Civil Veterinary Dept. Bombay admin report 1932-41 - 1932-1941
Year: 1932
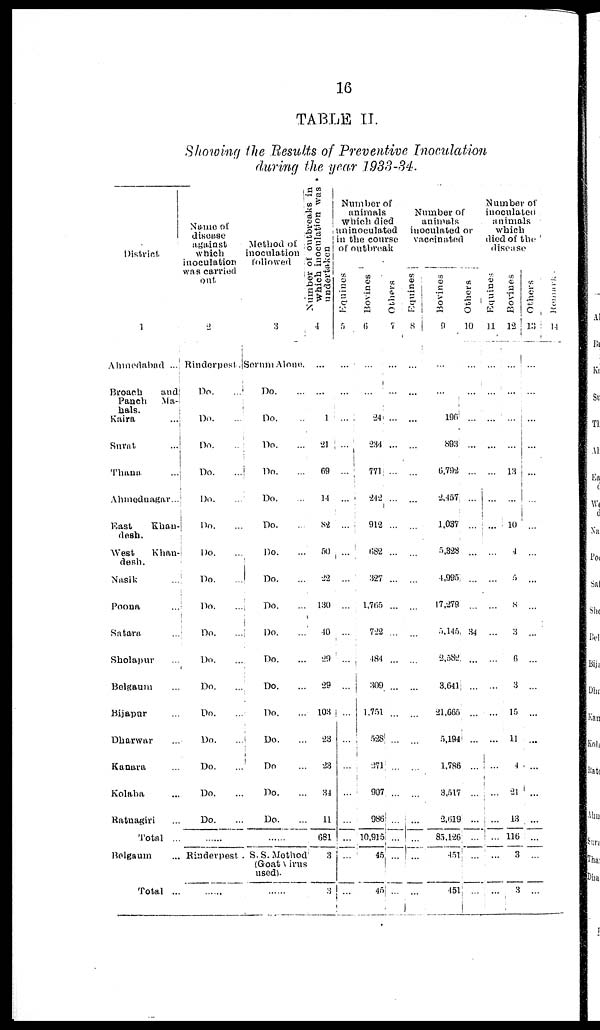
16
TABLE II.
Showing the Results of Preventive Inoculation
during the year 1938-34.
District
1
Ahmedabad ...
Broach
and
Panch Ma-
hals.
Kaira ...
Surat ...
Thana ...
Ahmednagar...
East
Khau-
desh.
West
Khan-
desh.
Nasik ...
Poona ...
Satara ...
Sholapar ...
Belgaum ...
Bijapur ...
Dharwar ...
Kanara ...
Kolaba ...
Ratnagiri ...
Total ..
Belgaum
Total ..
Name of
disease
against
which
inoculation
was carried
out
2
Rinderpest.
Do. ...
Do. ...
Do. ...
Do. ...
Do. ...
Do. ...
Do. ...
Do.
...
Do. ...
Do. ...
Do. ...
Do. ...
Do. ...
Do. ...
Do. ...
Do. ...
Do. ...
......
Rinderpest
......
Method of
inoculation
followed
3
Serum Alone
Do. ...
Do. ...
Do. ...
Do. ...
Do. ...
Do. ...
Do. ...
Do. ...
Do. ...
Do. ...
Do. ...
Do. ...
Do. ...
Do. ...
Do. ...
Do. ...
Do. ...
......
S.S.Metho
(Goat viru
used).
......
Number of outbreaks in
Which inoculation was
undertaken
4
...
...
1
21
69
14
82
50
22
130
10
29
29
103
23
23
34
11
681
3
3
Number of
animals
Which died
uninoculated
in the course
of outbreak
Equines
5
...
...
...
...
...
...
...
...
...
...
...
...
...
...
...
...
...
...
...
...
...
Bovines
6
...
...
24
234
771
242
912
682
327
1,765
722
484
309
1,751
528
271
907
986
10,915
45
45
Others
7
...
...
...
...
...
...
...
...
...
...
...
...
...
...
...
...
...
..
...
...
...
Number of
animals
inoculated or
vaccinated
Equines
8
...
...
...
...
...
...
...
...
...
...
...
...
...
...
...
...
...
...
...
...
...
Bovines
9
...
...
196
893
6,792
2,457
1,037
5,328
4,995
17,279
5,145
2,582
3,641
21,665
5,1941
1.786
3,517
2,619
85,126
451
451
Others
10
...
...
...
...
...
...
...
...
...
...
34
...
...
...
...
...
...
...
...
...
Number of
inoculated
animals
which
died of the
disea
Equines
11
...
...
...
...
...
...
...
...
...
...
...
...
...
...
...
...
...
...
...
...
...
Bovines
12
...
...
...
...
13
...
10
4
5
8
3
6
3
15
11
4
21
13
116
3
3
Others
13
...
...
...
...
...
...
...
...
...
...
...
...
...
...
...
...
...
...
...
...
...
Remark.
14